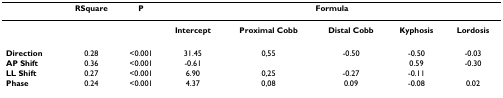
|  | RSquare | P | <COLSPAN=5> Formula |
 | --- | --- | --- | --- | --- | --- | --- | --- |
 |  |  |  | Intercept | Proximal Cobb | Distal Cobb | Kyphosis | Lordosis |
 | Direction | 0.28 | <0.001 | 31.45 | 0,55 | -0.50 | -0.50 | -0.03 |
 | AP Shift | 0.36 | <0.001 | -0.61 |  |  | 0.59 | -0.30 |
 | LL Shift | 0.27 | <0.001 | 6.90 | 0,25 | -0.27 | -0.11 |  |
 | Phase | 0.24 | <0.001 | 4.37 | 0,08 | 0.09 | -0.08 | 0.02 |